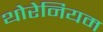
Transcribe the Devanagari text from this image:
थोरेनियम